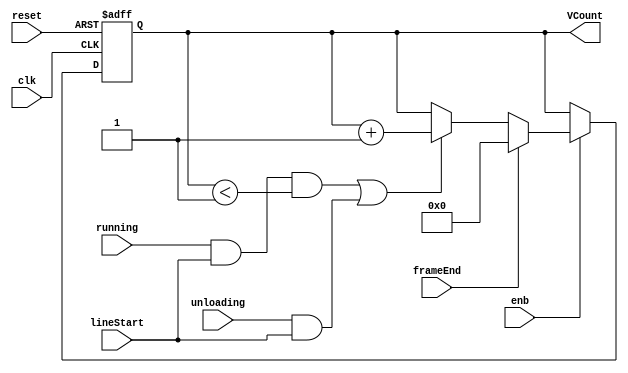
// -------------------------------------------------------------
// 
// 
// Generated by MATLAB 9.13 and HDL Coder 4.0
// 
// -------------------------------------------------------------


// -------------------------------------------------------------
// 
// Module: Vertical_Padding_Counter_block
// Source Path: BlobAnalysisHDL/BlobDetector/CCA_Algorithm/Closing/LineBuffer/Vertical Padding Counter
// Hierarchy Level: 4
// 
// -------------------------------------------------------------

`timescale 1 ns / 1 ns

module Vertical_Padding_Counter_block
          (clk,
           reset,
           enb,
           frameEnd,
           unloading,
           running,
           lineStart,
           VCount);


  input   clk;
  input   reset;
  input   enb;
  input   frameEnd;
  input   unloading;
  input   running;
  input   lineStart;
  output  [10:0] VCount;  // ufix11


  wire runningStart;
  wire unloadingStart;
  reg [10:0] VerticalPadCounter;  // ufix11
  wire prePad;
  wire runCountEn;
  wire verCountEn;


  assign runningStart = running & lineStart;



  assign unloadingStart = unloading & lineStart;



  assign prePad = VerticalPadCounter < 11'b00000000001;



  assign runCountEn = runningStart & prePad;



  assign verCountEn = runCountEn | unloadingStart;



  // Free running, Unsigned Counter
  //  initial value   = 0
  //  step value      = 1
  always @(posedge clk or posedge reset)
    begin : Vertical_Counter_process
      if (reset == 1'b1) begin
        VerticalPadCounter <= 11'b00000000000;
      end
      else begin
        if (enb) begin
          if (frameEnd == 1'b1) begin
            VerticalPadCounter <= 11'b00000000000;
          end
          else if (verCountEn == 1'b1) begin
            VerticalPadCounter <= VerticalPadCounter + 11'b00000000001;
          end
        end
      end
    end



  assign VCount = VerticalPadCounter;

endmodule  // Vertical_Padding_Counter_block